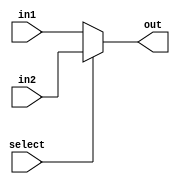
module mux_5_2_1(
// define input  port
input  [4:0]in1,
input [4:0]in2, 
input select,
// define the output port
output  [4:0]out
);
// assign one of the inputs to the output based upon select line input
assign out = (select==1'b1) ? in2 : in1;
endmodule